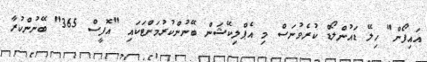
އައިފޯން" ހިލޭ ޑައުންލޯޑް ކުރެވުނަސް މި އެޕްލިކޭޝަން ބޭނުންކުރުމަށްޓަކައި "އޮފީސް 365" ބޭނުންކުރާ